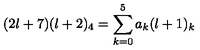
( 2 l + 7 ) ( l + 2 ) _ { 4 } = \sum _ { k = 0 } ^ { 5 } a _ { k } ( l + 1 ) _ { k }